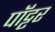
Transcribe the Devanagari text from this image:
पॉट्टर